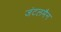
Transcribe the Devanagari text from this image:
जंटलमैन